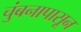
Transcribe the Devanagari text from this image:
चुंबनापासून